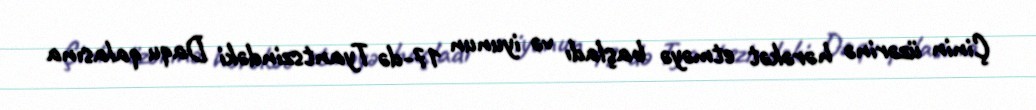
Çinin üzərinə hərəkət etməyə başladı və iyunun 17-də Tyantszindəki Daqu qalasına